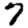
Digit: 7